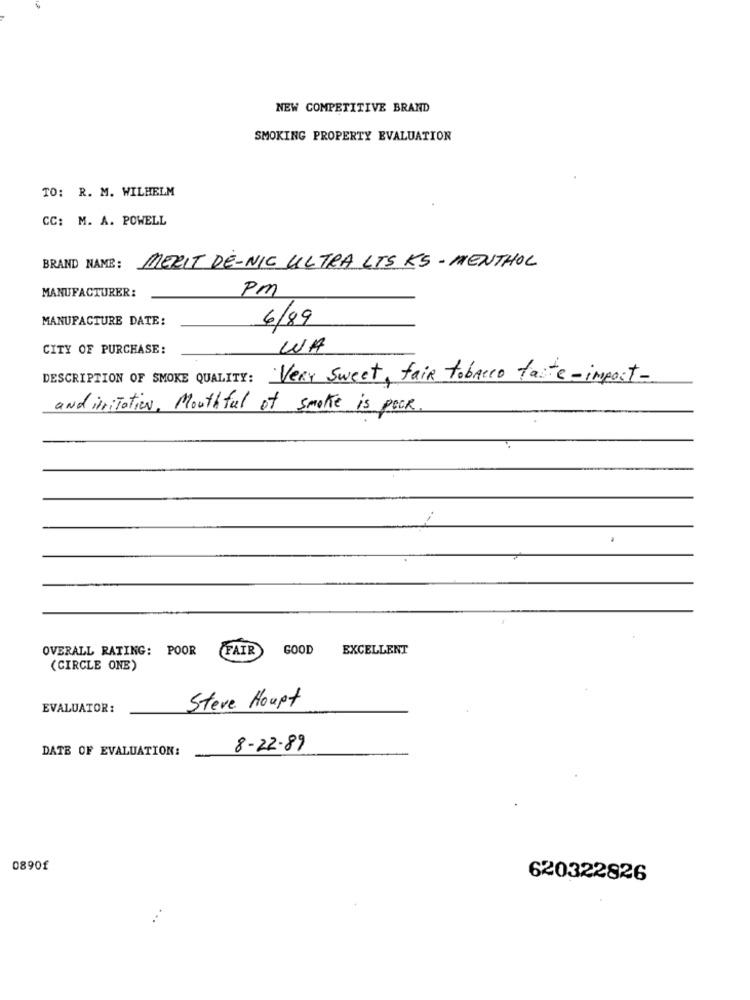
NEW COMPETITIVE BRAND
SMOKING PROPERTY EVALUATION
TO: R. M. WILHELM
CC: M. A. POWELL
BRAND NAME : MERIT DE-NIC ULTRA LTS KS-MENTHOL
MANUFACTURER:
Pm
MANUFACTURE DATE:
6/89
CITY OF PURCHASE:
WA
DESCRIPTION OF SMOKE QUALITY: Very Sweet, fair tobacco faite-import-
and irritation, Mouthful of smoke is poor.
.
OVERALL RATING: POOR
FAIR
GOOD
EXCELLENT
(CIRCLE ONE)
EVALUATOR:
Steve Houpt
DATE OF EVALUATION:
8-22-89
0890£
620322826